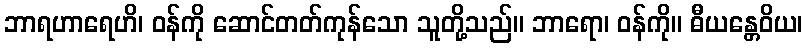
ဘာရဟာရေဟိ၊ ဝန်ကို ဆောင်တတ်ကုန်သော သူတို့သည်။ ဘာရော၊ ဝန်ကို။ ဓီယန္တေဝိယ၊